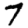
Digit: 7